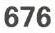
676